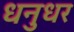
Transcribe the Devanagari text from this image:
धनुधर